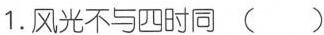
1.风光不与\underset{·}{四时}同( )